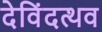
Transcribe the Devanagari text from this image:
देविंदत्थव